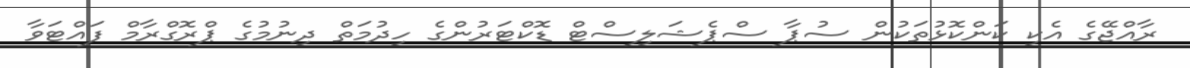
ރާއްޖޭގެ އެކި ކަންކޮޅުތަކުން ސުޕާ ސްޕެޝަލިސްޓް ޑޮކްޓަރުންގެ ހިދުމަތް ދިނުމުގެ ޕްރޮގްރާމް ފައްޓަވާ